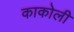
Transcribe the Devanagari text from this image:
काकोली